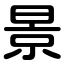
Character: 景